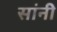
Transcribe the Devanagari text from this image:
सांनी